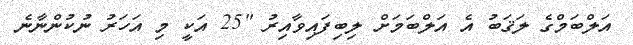
އަލްބަމްގެ ލަޤަބު އެ އަލްބަމަށް ލިބިފައިވާއިރު "25 އަކީ މި އަހަރު ނުކުންނާނެ